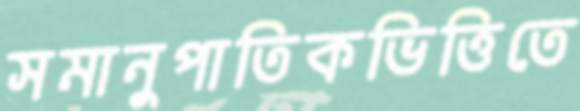
সমানুপাতিকভিত্তিতে